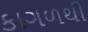
કાગળથી